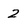
Character: 2